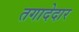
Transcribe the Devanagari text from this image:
तगादेदार